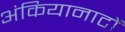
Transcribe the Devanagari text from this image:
अंकियानाटों